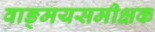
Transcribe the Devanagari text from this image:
वाङ्मयसमीक्षक